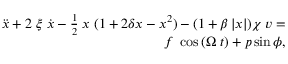
\begin{array} { r } { \ddot { \mathnormal { x } } + 2 \; \xi \; \dot { \mathnormal { x } } - \frac { 1 } { 2 } \; \mathnormal { x } \; ( 1 + 2 \delta \mathnormal { x } - \mathnormal { x } ^ { 2 } ) - ( 1 + \beta \left| x \right| ) \chi \; \mathnormal { v } = } \\ { \mathnormal { f } \; \cos { \left( \Omega \; t \right) } + \mathnormal { p } \sin { \phi } , } \end{array}